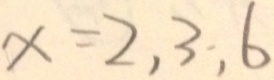
x = 2 , 3 , 6